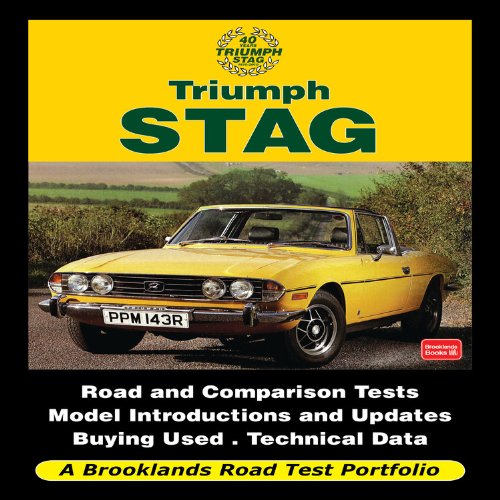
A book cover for Triumph Stag (Road Test Portfolio); R. M. Clarke; Engineering & Transportation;